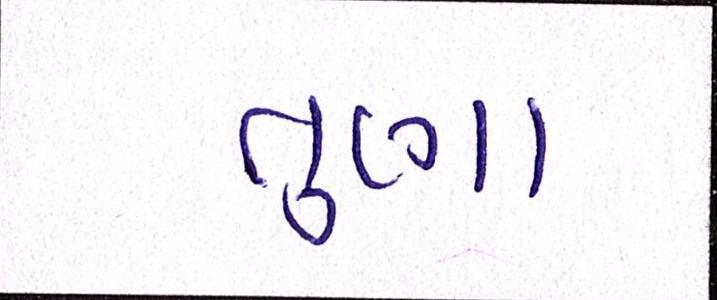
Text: તુણા